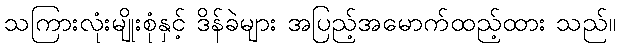
သကြားလုံးမျိုးစုံနှင့် ဒိန်ခဲများ အပြည့်အမောက်ထည့်ထား သည်။